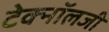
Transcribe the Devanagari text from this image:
टेक्‍नॉलजी